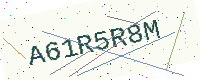
Text: A61R5R8M